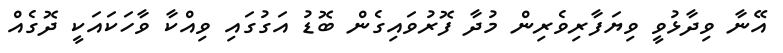
އޭނާ ވިދާޅުވީ ވިޔަފާރިވެރިން މުދާ ފޮރުވައިގެން ބޮޑު އަގުގައި ވިއްކާ ވާހަކައަކީ ދޮގެއް